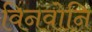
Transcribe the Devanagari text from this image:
विनवोनि